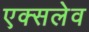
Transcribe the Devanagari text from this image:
एक्सलेव